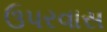
ઉપરવાસ